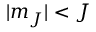
| m _ { J } | < J